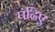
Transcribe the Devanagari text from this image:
पढिए